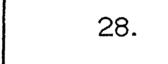
28.